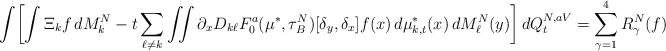
LaTeX: \begin{align*}\int \biggl[\int \Xi_k f \,dM^{N}_k-t\sum_{\ell\neq k} \iint \partial_ x D_{k\ell} F^a_0 (\mu^*,\tau_B^N)[\delta_y,\delta_x]f(x)\,d\mu^{*}_{k,t}(x) \,dM^{N}_\ell(y)\biggr]\,dQ^{N,aV}_{t}=\sum_{\gamma=1}^4 R^N_\gamma (f)\end{align*}